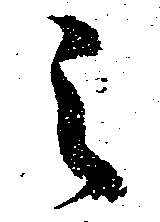
之